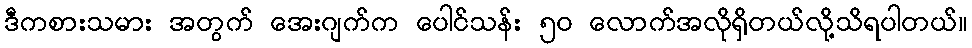
ဒီကစားသမား အတွက် အေးဂျက်က ပေါင်သန်း ၅၀ လောက်အလိုရှိတယ်လို့သိရပါတယ်။